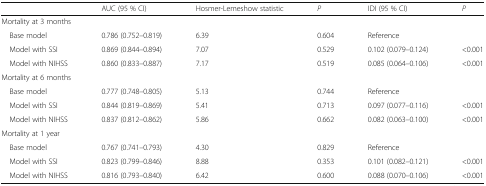
<table><thead><tr><td></td><td><b>AUC (95 % CI)</b></td><td><b>Hosmer-Lemeshow statistic</b></td><td><b><i>P</i></b></td><td><b>IDI (95 % CI)</b></td><td><b><i>P</i></b></td></tr></thead><tbody><tr><td colspan="6">Mortality at 3 months</td></tr><tr><td> Base model</td><td>0.786 (0.752–0.819)</td><td>6.39</td><td>0.604</td><td>Reference</td><td></td></tr><tr><td> Model with SSI</td><td>0.869 (0.844–0.894)</td><td>7.07</td><td>0.529</td><td>0.102 (0.079–0.124)</td><td>&lt;0.001</td></tr><tr><td> Model with NIHSS</td><td>0.860 (0.833–0.887)</td><td>7.17</td><td>0.519</td><td>0.085 (0.064–0.106)</td><td>&lt;0.001</td></tr><tr><td colspan="6">Mortality at 6 months</td></tr><tr><td> Base model</td><td>0.777 (0.748–0.805)</td><td>5.13</td><td>0.744</td><td>Reference</td><td></td></tr><tr><td> Model with SSI</td><td>0.844 (0.819–0.869)</td><td>5.41</td><td>0.713</td><td>0.097 (0.077–0.116)</td><td>&lt;0.001</td></tr><tr><td> Model with NIHSS</td><td>0.837 (0.812–0.862)</td><td>5.86</td><td>0.662</td><td>0.082 (0.063–0.100)</td><td>&lt;0.001</td></tr><tr><td colspan="6">Mortality at 1 year</td></tr><tr><td> Base model</td><td>0.767 (0.741–0.793)</td><td>4.30</td><td>0.829</td><td>Reference</td><td></td></tr><tr><td> Model with SSI</td><td>0.823 (0.799–0.846)</td><td>8.88</td><td>0.353</td><td>0.101 (0.082–0.121)</td><td>&lt;0.001</td></tr><tr><td> Model with NIHSS</td><td>0.816 (0.793–0.840)</td><td>6.42</td><td>0.600</td><td>0.088 (0.070–0.106)</td><td>&lt;0.001</td></tr></tbody></table>